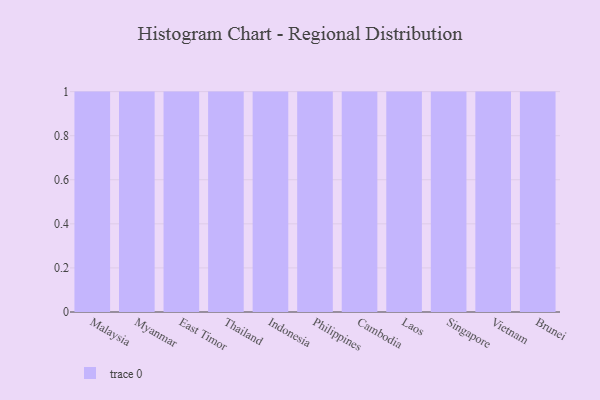
{"axis": {"x": "Country", "y": "Active Users"}, "legend": [""], "data": [{"x": "Malaysia", "y": 29, "type": ""}, {"x": "Myanmar", "y": 76, "type": ""}, {"x": "East Timor", "y": 51, "type": ""}, {"x": "Thailand", "y": 100, "type": ""}, {"x": "Indonesia", "y": 6, "type": ""}, {"x": "Philippines", "y": 27, "type": ""}, {"x": "Cambodia", "y": 32, "type": ""}, {"x": "Laos", "y": 15, "type": ""}, {"x": "Singapore", "y": 34, "type": ""}, {"x": "Vietnam", "y": 4, "type": ""}, {"x": "Brunei", "y": 93, "type": ""}]}